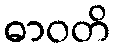
ဓာဝတိ